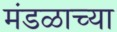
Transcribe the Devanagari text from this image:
मंडळाच्‍या